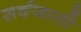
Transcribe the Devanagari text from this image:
सर्वजाती